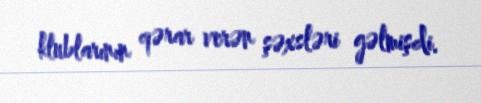
klublarının qərar verən şəxsləri gəlmişdi.